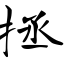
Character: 拯